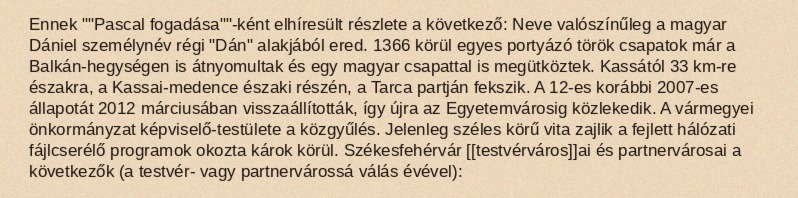
Ennek ""Pascal fogadása""-ként elhíresült részlete a következő: Neve valószínűleg a magyar Dániel személynév régi "Dán" alakjából ered. 1366 körül egyes portyázó török csapatok már a Balkán-hegységen is átnyomultak és egy magyar csapattal is megütköztek. Kassától 33 km-re északra, a Kassai-medence északi részén, a Tarca partján fekszik. A 12-es korábbi 2007-es állapotát 2012 márciusában visszaállították, így újra az Egyetemvárosig közlekedik. A vármegyei önkormányzat képviselő-testülete a közgyűlés. Jelenleg széles körű vita zajlik a fejlett hálózati fájlcserélő programok okozta károk körül. Székesfehérvár [[testvérváros]]ai és partnervárosai a következők (a testvér- vagy partnervárossá válás évével):